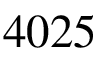
4 0 2 5